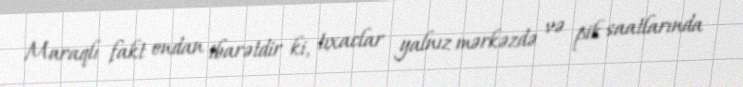
Maraqlı fakt ondan ibarətdir ki, tıxaclar yalnız mərkəzdə və pik saatlarında